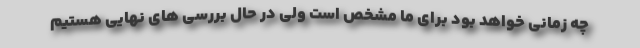
چه زمانی خواهد بود برای ما مشخص است ولی در حال بررسی های نهایی هستیم